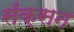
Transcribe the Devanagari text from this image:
सँक्सन